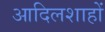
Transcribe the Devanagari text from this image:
आदिलशाहों